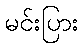
မင်းပြား